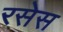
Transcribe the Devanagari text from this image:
रसेस